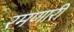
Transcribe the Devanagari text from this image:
रमणारी